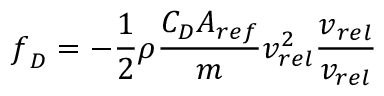
\boldsymbol { f } _ { D } = - \frac { 1 } { 2 } \rho \frac { C _ { D } A _ { r e f } } { m } v _ { r e l } ^ { 2 } \frac { \v { v } _ { r e l } } { v _ { r e l } }